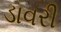
ડાવરી